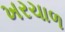
ખરચાળ